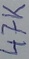
Text: 47K